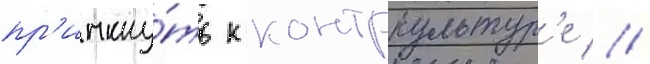
пр'имкну́ть к контркультур'е //